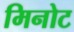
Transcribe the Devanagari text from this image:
मिनोट